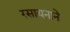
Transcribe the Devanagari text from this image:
रसायनाने